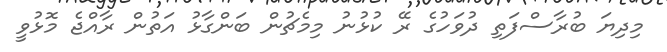
މިދިޔަ ބުރާސްފަތި ދުވަހުގެ ރޭ ކުޅުނު މިމެޗުން ބަންގާޅު އަތުން ރާއްޖެ މޮޅުވީ